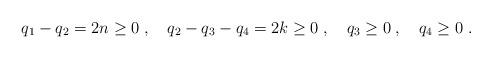
LaTeX: \begin{align*} q_1-q_2 =2n \geq 0 \;, \quad q_2 - q_3 - q_4 =2k \geq 0 \;, \quad q_3 \geq 0\;, \quad q_4 \geq 0\;.\end{align*}